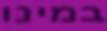
במינו